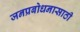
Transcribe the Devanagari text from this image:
जनप्रबोधनासाठी